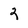
Character: 2